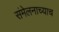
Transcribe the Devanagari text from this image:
संमेलनाच्याच